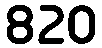
820